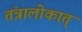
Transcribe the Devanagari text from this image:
तंत्रालोकात्